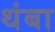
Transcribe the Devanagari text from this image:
थंबा